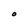
Character: O